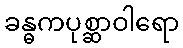
ခန္ဓကပုစ္ဆာဝါရော